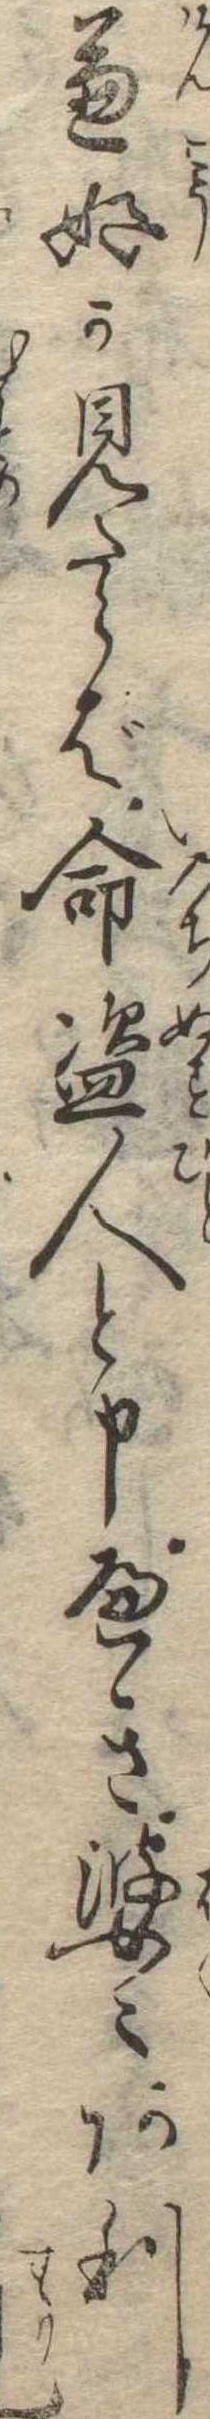
兼好か見たらば命盗人と申へき婆〻あり